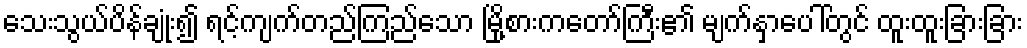
သေးသွယ်ပိန်ချုံး၍ ရင့်ကျက်တည်ကြည်သော မြို့စားကတော်ကြီး၏ မျက်နှာပေါ်တွင် ထူးထူးခြားခြား